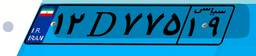
۶۸D۶۵۴۱۰